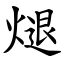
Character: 煺